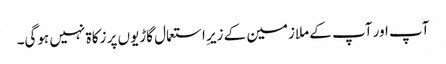
آپ اور آپ کے ملازمین کے زیرِ استعمال گاڑیوں پر زکاۃ نہیں ہوگی۔